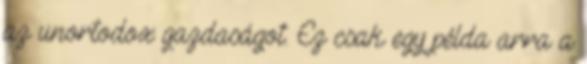
az unortodox gazdaságot. Ez csak egy példa arra a